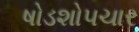
ષોડશોપચાર